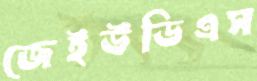
জেইউডিএস